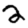
Digit: 2